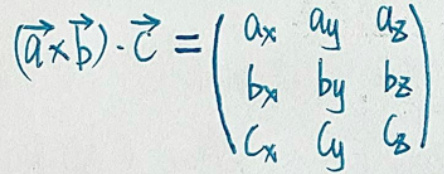
$(\vec{a} \times \vec{b}) \cdot \vec{c} = \begin{vmatrix}
a_x & a_y & a_z \\
b_x & b_y & b_z \\
c_x & c_y & c_z
\end{vmatrix}$